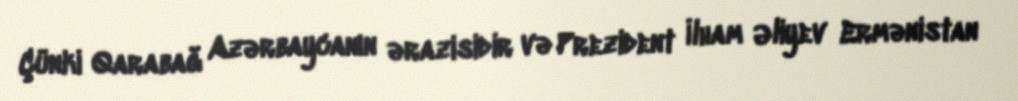
Çünki Qarabağ Azərbaycanın ərazisidir və Prezident İlham Əliyev Ermənistan